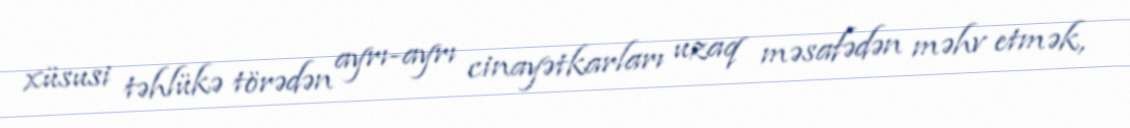
xüsusi təhlükə törədən ayrı-ayrı cinayətkarları uzaq məsafədən məhv etmək,